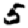
Digit: 5